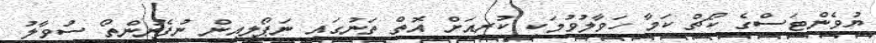
ޔުވެންޓަސްގެ ކޯޗް ކަމާ ހަވާލުވުމަކީ ކުރިއަށް އޮތް ތަނުގައި ނަޕޯލީއިން ނުފެނުންތޯ ސުވާލު